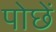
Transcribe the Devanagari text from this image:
पोछें